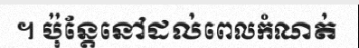
។ ប៉ុន្តែនៅដល់ពេលកំណត់